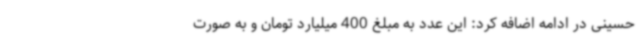
حسینی در ادامه اضافه کرد: این عدد به مبلغ 400 میلیارد تومان و به صورت